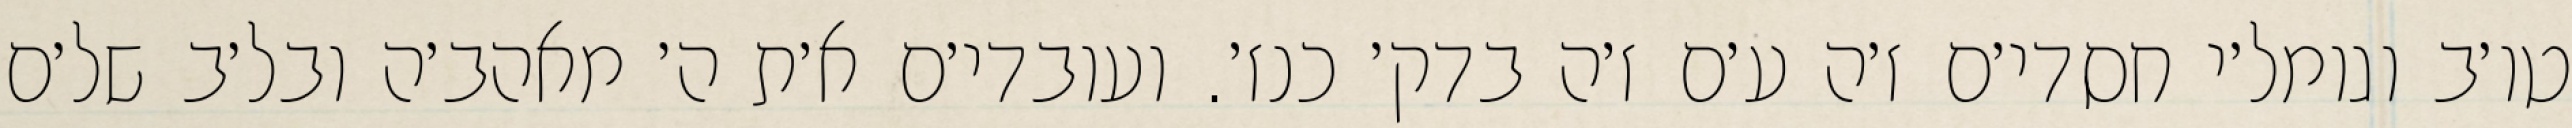
טו׳ב וגומל׳י חסדי׳ם ז׳ה ע׳ם ז׳ה בדק׳ כנז׳. ועובדי׳ם א׳ת ה׳ מאהב׳ה ובל׳ב של׳ם